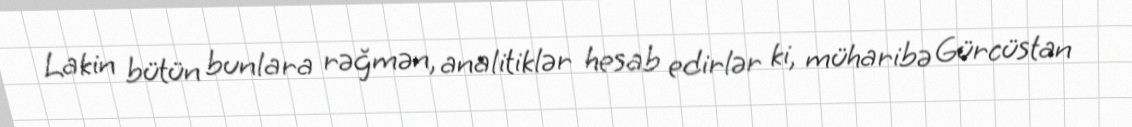
Lakin bütün bunlara rəğmən, analitiklər hesab edirlər ki, müharibə Gürcüstan